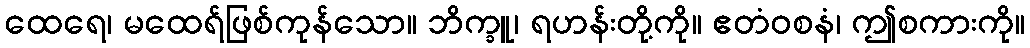
ထေရေ၊ မထေရ်ဖြစ်ကုန်သော။ ဘိက္ခူ၊ ရဟန်းတို့ကို။ ဧတံဝစနံ၊ ဤစကားကို။